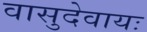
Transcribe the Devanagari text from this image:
वासुदेवायः